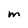
Character: m